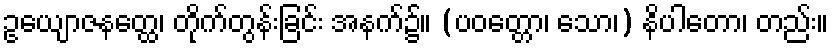
ဥယျောဇနတ္ထေ၊ တိုက်တွန်းခြင်း အနက်၌။ (ပဝတ္တော၊ သော၊) နိပါတော၊ တည်း။